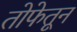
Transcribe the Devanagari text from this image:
तोफेतून